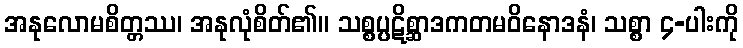
အနုလောမစိတ္တဿ၊ အနုလုံစိတ်၏။ သစ္စပ္ပဋိစ္ဆာဒကတမဝိနောဒနံ၊ သစ္စာ ၄-ပါးကို